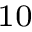
_ { 1 0 }